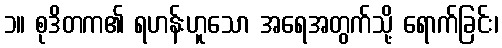
၁။ စုဒိတက၏ ရဟန်းဟူသော အရေအတွက်သို့ ရောက်ခြင်း၊